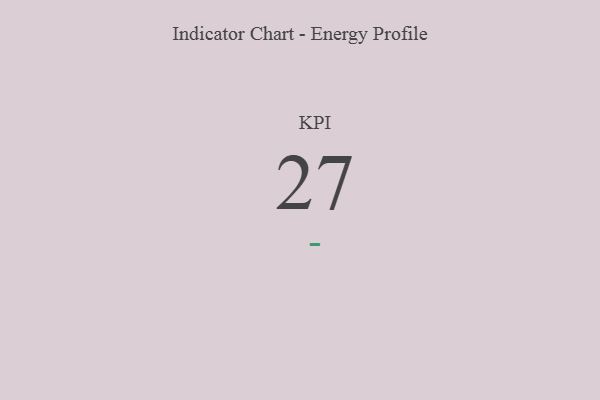
{"axis": {"x": "KPI", "y": "Value"}, "legend": [""], "data": [{"x": "KPI", "y": 27, "type": ""}]}